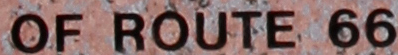
OF ROUTE 66